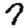
Digit: 7